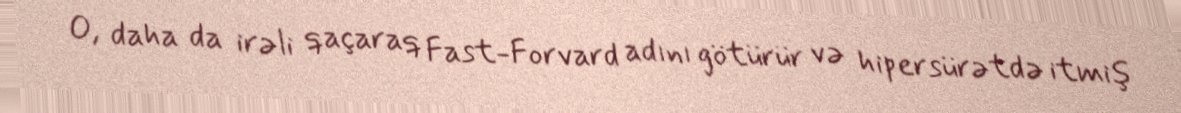
O, daha da irəli qaçaraq Fast-Forvard adını götürür və hipersürətdə itmiş